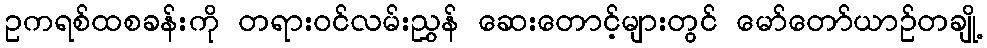
ဥကရစ်ထစခန်းကို တရားဝင်လမ်းညွှန် ဆေးတောင့်များတွင် မော်တော်ယာဉ်တချို့